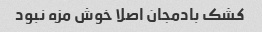
کشک بادمجان اصلا خوش مزه نبود